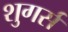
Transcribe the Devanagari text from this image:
शुगर्स